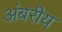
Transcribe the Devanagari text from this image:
अंबरीय